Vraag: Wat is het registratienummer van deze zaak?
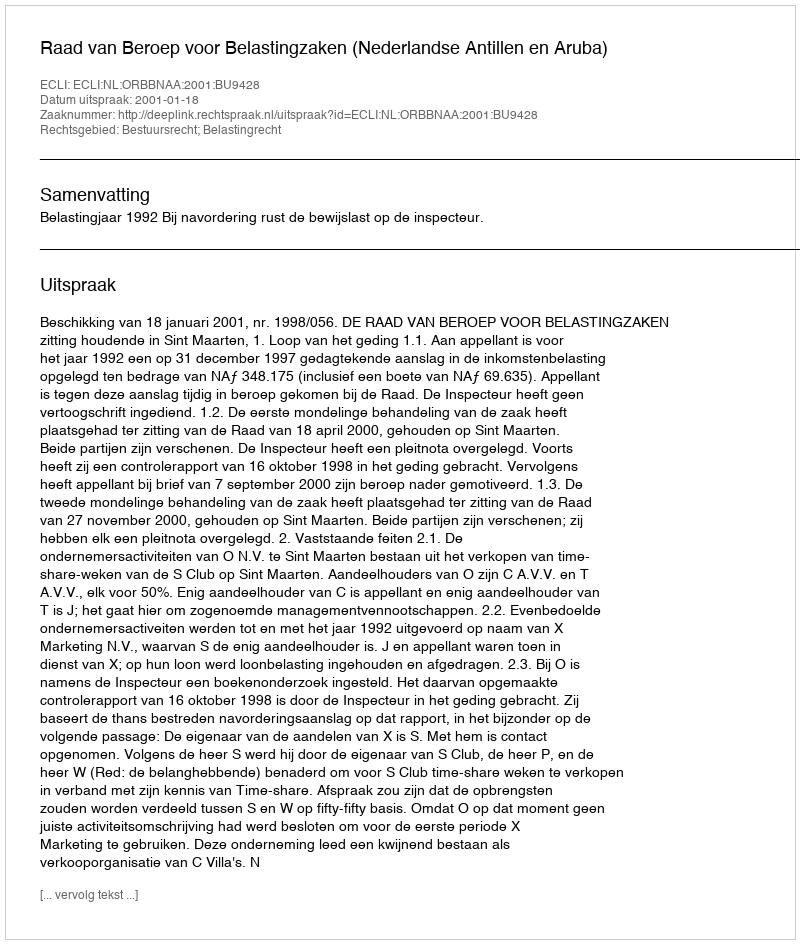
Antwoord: http://deeplink.rechtspraak.nl/uitspraak?id=ECLI:NL:ORBBNAA:2001:BU9428